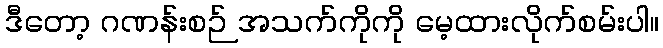
ဒီတော့ ဂဏန်းစဉ် အသက်ကိုကို မေ့ထားလိုက်စမ်းပါ။